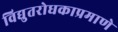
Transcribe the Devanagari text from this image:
विद्युतरोधकाप्रमाणे